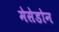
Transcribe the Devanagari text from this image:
मेसेडोन